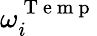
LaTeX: \omega_{i}^{\mathrm{~T~e~m~p~}}